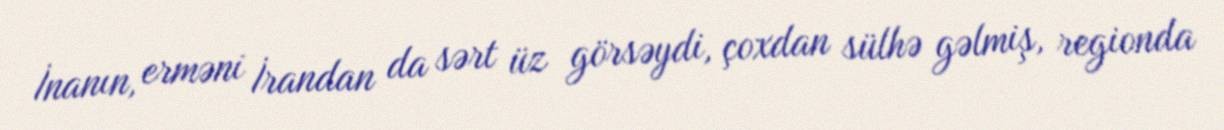
İnanın, erməni İrandan da sərt üz görsəydi, çoxdan sülhə gəlmiş, regionda